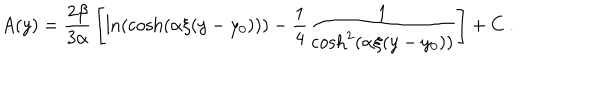
LaTeX: A ( y ) = { \frac { 2 \beta } { 3 \alpha } } \left[ \ln ( \cosh ( \alpha \xi ( y - y _ { 0 } ) ) ) - { \frac { 1 } { 4 } } { \frac { 1 } { \cosh ^ { 2 } ( \alpha \xi ( y - y _ { 0 } ) ) } } \right] + C ~ .